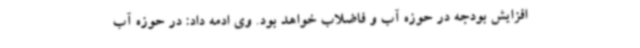
افزایش بودجه در حوزه آب و فاضلاب خواهد بود. وی ادمه داد: در حوزه آب